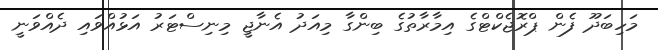
މަހިބަދޫ ފެން ޕްރޮޖެކްޓްގެ އިމާރާތުގެ ބިންގާ މިއަދު އެނާޖީ މިނިސްޓަރު އަޅުއްވައި ދެއްވަނީ